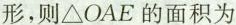
形，则△OAE的面积为